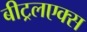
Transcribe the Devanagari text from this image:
बीट्रलएक्स